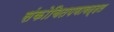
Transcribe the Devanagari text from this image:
संकोचितपणाबद्दल